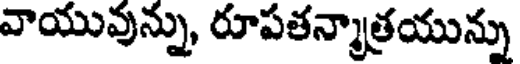
వాయువున్ను, రూపతన్మాత్రయున్ను